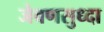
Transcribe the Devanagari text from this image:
जेवणसुध्दा